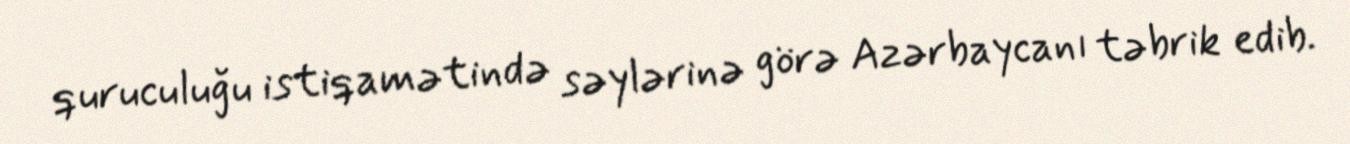
quruculuğu istiqamətində səylərinə görə Azərbaycanı təbrik edib.